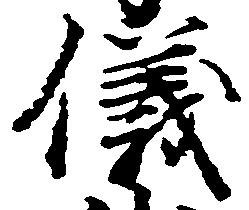
儀